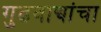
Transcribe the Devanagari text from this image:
गुढवाद्यांचा